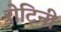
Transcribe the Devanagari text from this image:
रोटिनी